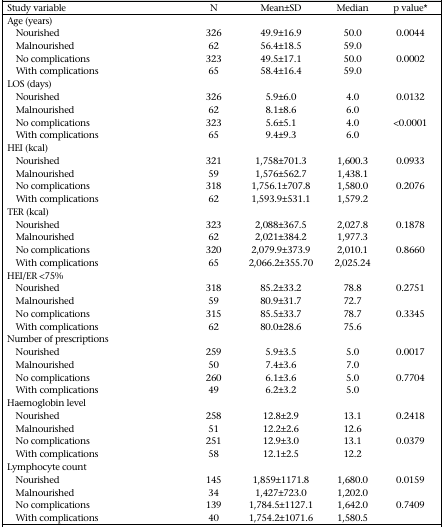
<table><thead><tr><td><b>Study variable</b></td><td><b>N</b></td><td><b>Mean±SD</b></td><td><b>Median</b></td><td><b>p value*</b></td></tr></thead><tbody><tr><td>Age (years)</td><td></td><td></td><td></td><td></td></tr><tr><td>Nourished</td><td>326</td><td>49.9±16.9</td><td>50.0</td><td>0.0044</td></tr><tr><td>Malnourished</td><td>62</td><td>56.4±18.5</td><td>59.0</td><td></td></tr><tr><td>No complications</td><td>323</td><td>49.5±17.1</td><td>50.0</td><td>0.0002</td></tr><tr><td>With complications</td><td>65</td><td>58.4±16.4</td><td>59.0</td><td></td></tr><tr><td>LOS (days)</td><td></td><td></td><td></td><td></td></tr><tr><td>Nourished</td><td>326</td><td>5.9±6.0</td><td>4.0</td><td>0.0132</td></tr><tr><td>Malnourished</td><td>62</td><td>8.1±8.6</td><td>6.0</td><td></td></tr><tr><td>No complications</td><td>323</td><td>5.6±5.1</td><td>4.0</td><td>&lt;0.0001</td></tr><tr><td>With complications</td><td>65</td><td>9.4±9.3</td><td>6.0</td><td></td></tr><tr><td>HEI (kcal)</td><td></td><td></td><td></td><td></td></tr><tr><td>Nourished</td><td>321</td><td>1,758±701.3</td><td>1,600.3</td><td>0.0933</td></tr><tr><td>Malnourished</td><td>59</td><td>1,576±562.7</td><td>1,438.1</td><td></td></tr><tr><td>No complications</td><td>318</td><td>1,756.1±707.8</td><td>1,580.0</td><td>0.2076</td></tr><tr><td>With complications</td><td>62</td><td>1,593.9±531.1</td><td>1,579.2</td><td></td></tr><tr><td>TER (kcal)</td><td></td><td></td><td></td><td></td></tr><tr><td>Nourished</td><td>323</td><td>2,088±367.5</td><td>2,027.8</td><td>0.1878</td></tr><tr><td>Malnourished</td><td>62</td><td>2,021±384.2</td><td>1,977.3</td><td></td></tr><tr><td>No complications</td><td>320</td><td>2,079.9±373.9</td><td>2,010.1</td><td>0.8660</td></tr><tr><td>With complications</td><td>65</td><td>2,066.2±355.70</td><td>2,025.24</td><td></td></tr><tr><td>HEI/ER &lt;75%</td><td></td><td></td><td></td><td></td></tr><tr><td>Nourished</td><td>318</td><td>85.2±33.2</td><td>78.8</td><td>0.2751</td></tr><tr><td>Malnourished</td><td>59</td><td>80.9±31.7</td><td>72.7</td><td></td></tr><tr><td>No complications</td><td>315</td><td>85.5±33.7</td><td>78.7</td><td>0.3345</td></tr><tr><td>With complications</td><td>62</td><td>80.0±28.6</td><td>75.6</td><td></td></tr><tr><td>Number of prescriptions</td><td></td><td></td><td></td><td></td></tr><tr><td>Nourished</td><td>259</td><td>5.9±3.5</td><td>5.0</td><td>0.0017</td></tr><tr><td>Malnourished</td><td>50</td><td>7.4±3.6</td><td>7.0</td><td></td></tr><tr><td>No complications</td><td>260</td><td>6.1±3.6</td><td>5.0</td><td>0.7704</td></tr><tr><td>With complications</td><td>49</td><td>6.2±3.2</td><td>5.0</td><td></td></tr><tr><td>Haemoglobin level</td><td></td><td></td><td></td><td></td></tr><tr><td>Nourished</td><td>258</td><td>12.8±2.9</td><td>13.1</td><td>0.2418</td></tr><tr><td>Malnourished</td><td>51</td><td>12.2±2.6</td><td>12.6</td><td></td></tr><tr><td>No complications</td><td>251</td><td>12.9±3.0</td><td>13.1</td><td>0.0379</td></tr><tr><td>With complications</td><td>58</td><td>12.1±2.5</td><td>12.2</td><td></td></tr><tr><td>Lymphocyte count</td><td></td><td></td><td></td><td></td></tr><tr><td>Nourished</td><td>145</td><td>1,859±1171.8</td><td>1,680.0</td><td>0.0159</td></tr><tr><td>Malnourished</td><td>34</td><td>1,427±723.0</td><td>1,202.0</td><td></td></tr><tr><td>No complications</td><td>139</td><td>1,784.5±1127.1</td><td>1,642.0</td><td>0.7409</td></tr><tr><td>With complications</td><td>40</td><td>1,754.2±1071.6</td><td>1,580.5</td><td></td></tr></tbody></table>